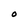
Character: O